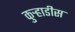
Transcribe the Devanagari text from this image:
कुऱ्हाडीस